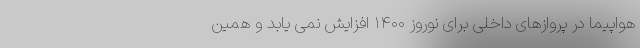
هواپیما در پروازهای داخلی برای نوروز ۱۴۰۰ افزایش نمی یابد و همین